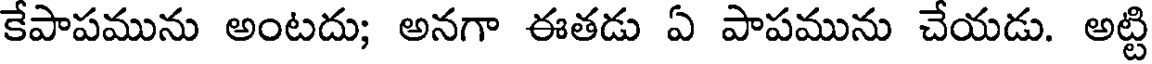
కేపాపమును అంటదు; అనగా ఈతడు ఏ పాపమును చేయడు. అట్టి